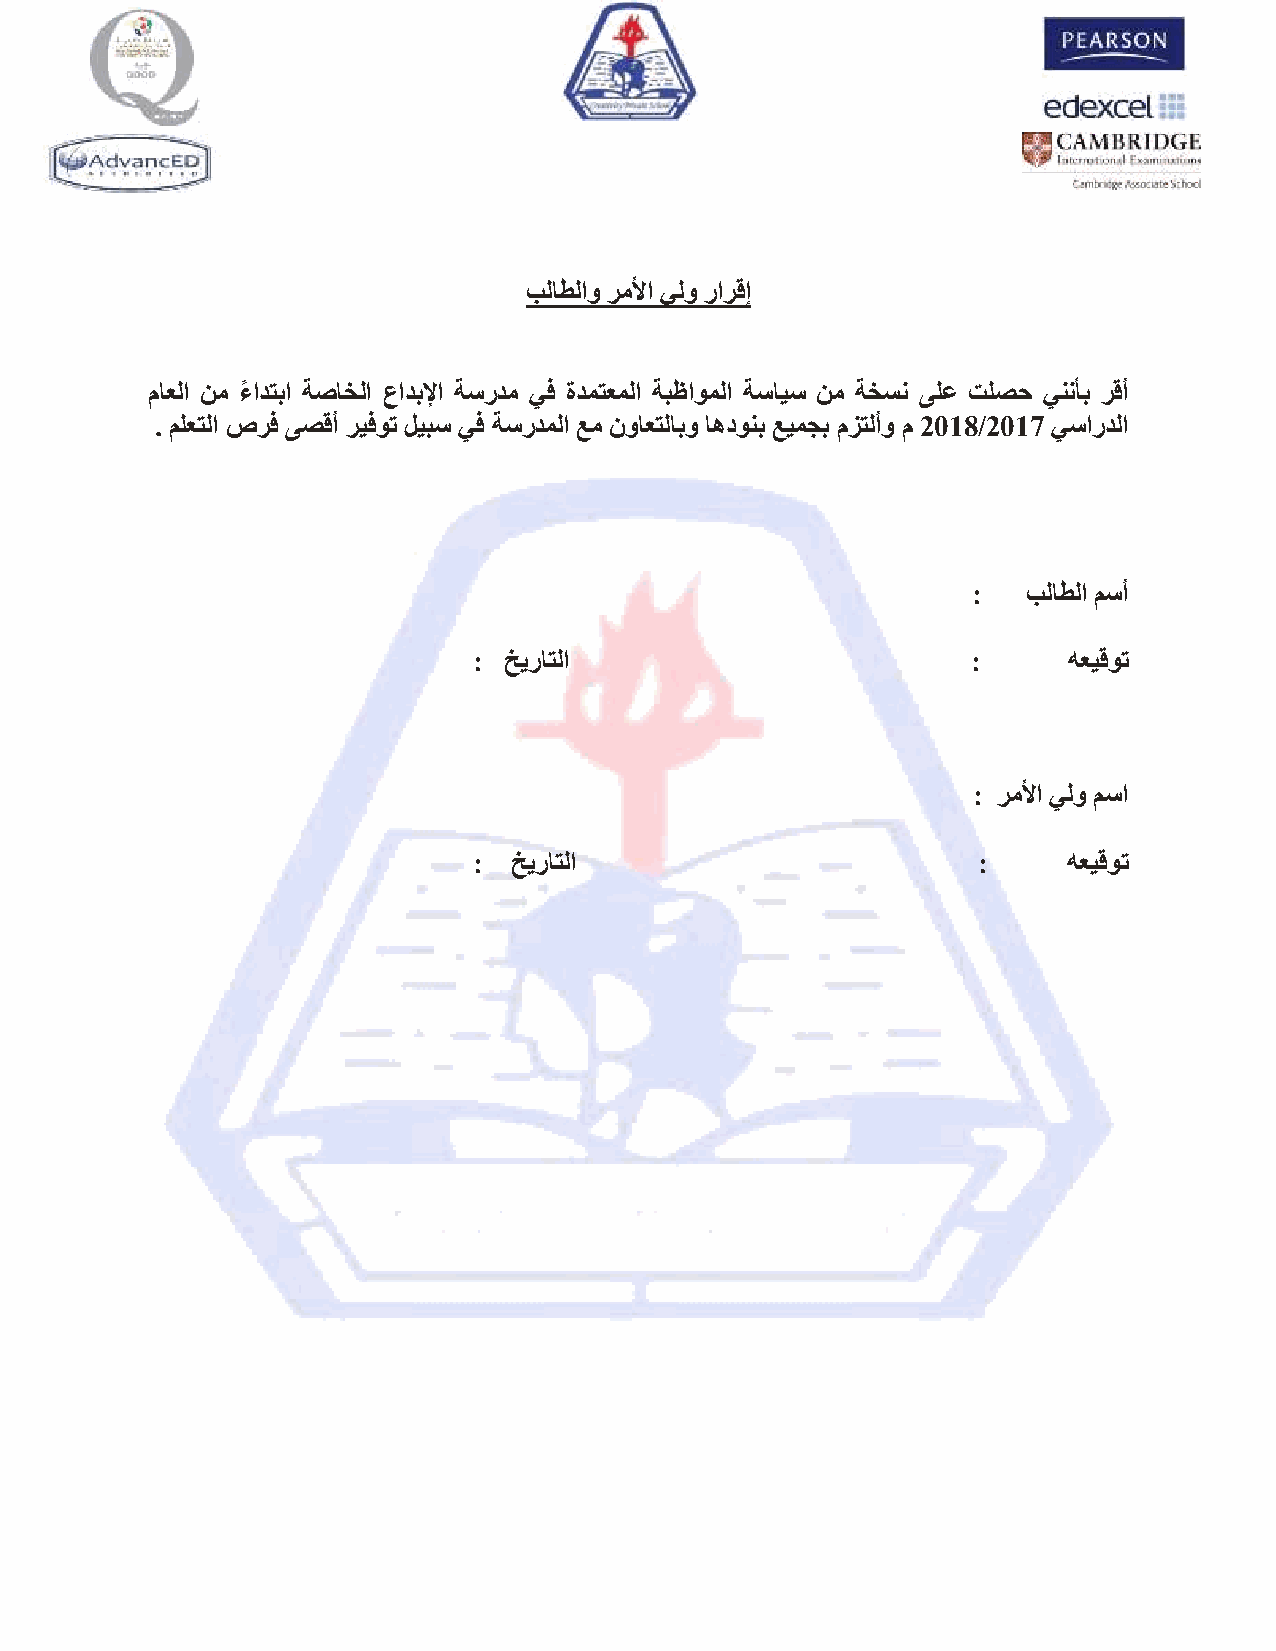
بلاطلاو رملأا يلو رارقإ
 ماعلا نم ءً ادتبا ةصاخلا عادبلإا ةسردم يف ةدمتعملا ةبظاوملا ةسايس نم ةخسن ىلع لصح يننأب رقأ
 . ملعتلا صرف ىصقأ ريفوت ليبس يف ةسردملا عم نواعتلابو اهدونب عيمجب مزتلأو م 2018/2017 يساردلا
 :   بلاطلا مسأ
 : خيراتلا                        :      هعيقوت
 : رملأا يلو مسا
 :  خيراتلا                        :     هعيقوت